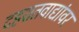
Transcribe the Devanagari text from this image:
दहशतवाद्यांवर